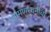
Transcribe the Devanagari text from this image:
भ्रमणध्वनीचा